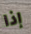
إذا